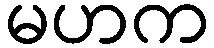
မဟက